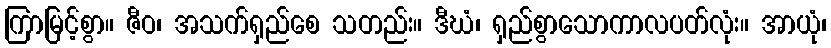
ကြာမြင့်စွာ။ ဇီဝ၊ အသက်ရှည်စေ သတည်း။ ဒီဃံ၊ ရှည်စွာသောကာလပတ်လုံး။ အာယုံ၊